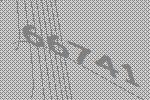
66741